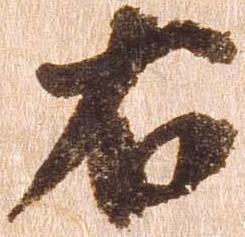
右